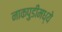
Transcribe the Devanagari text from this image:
नाकपुडींमध्ये